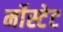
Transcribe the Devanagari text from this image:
र्मोस्टेट